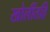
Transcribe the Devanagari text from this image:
खोलींतहि